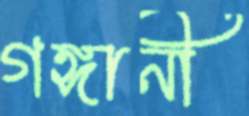
গঙ্গানী